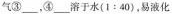
气③___，④___溶于水$$( 1 : 4 0 )$$，易液化